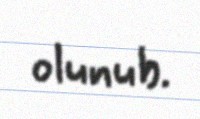
olunub.